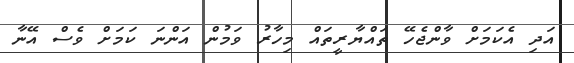
އަދި އެކަމަށް ވާންޖެހޭ ތައްޔާރީތައް މިހާރު ވަމުން އަންނަ ކަމަށް ވެސް އޭނާ